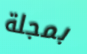
بمجلة